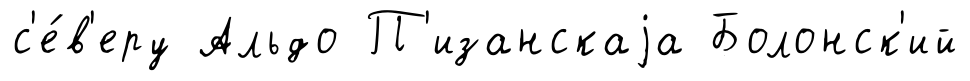
с'е́в'еру Альдо П'изанскаjа Болонск'ий